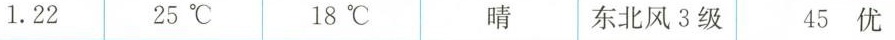
1.22 25℃ 18℃ 晴 东北3级 45优